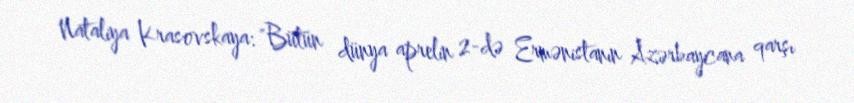
Nataliya Krasovskaya: "Bütün dünya aprelin 2-də Ermənistanın Azərbaycana qarşı